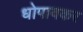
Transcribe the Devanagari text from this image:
धोपावकर